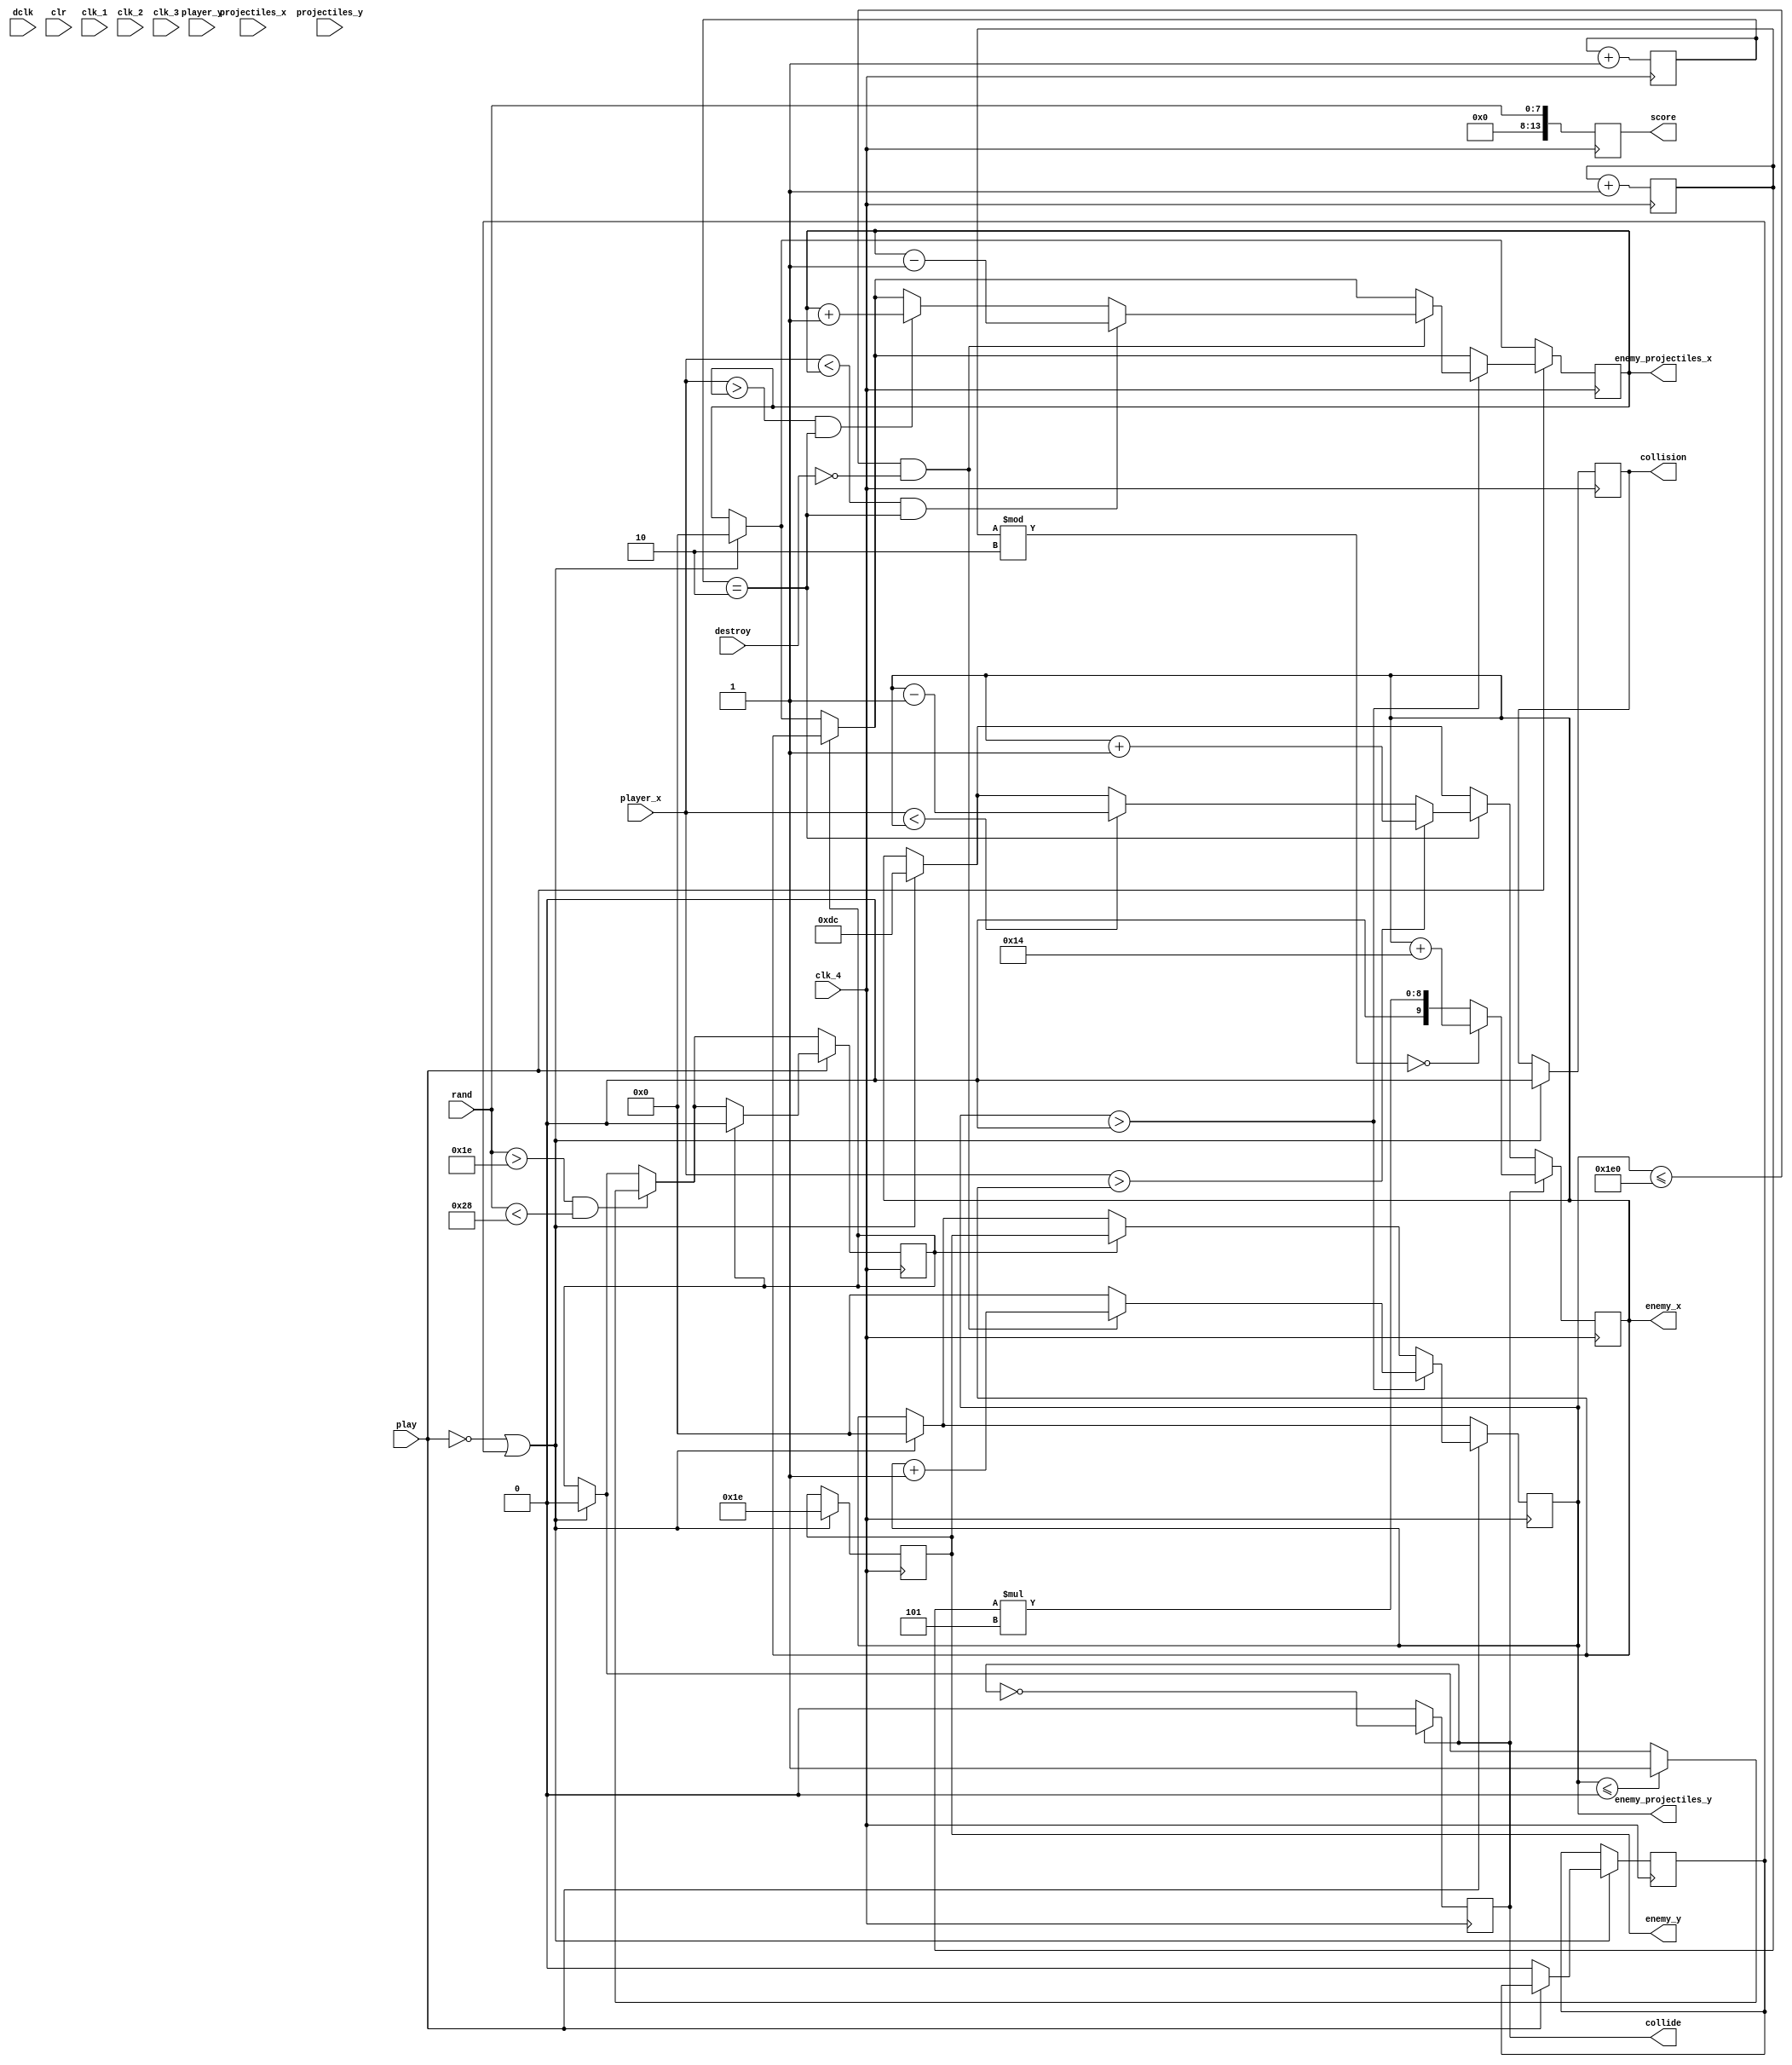
`timescale 1ns / 1ps
//////////////////////////////////////////////////////////////////////////////////
// Company: 
// Engineer: 
// 
// Design Name: 
// Module Name:    invader3 
// Project Name: 
// Target Devices: 
// Tool versions: 
// Description: 
//
// Dependencies: 
//
// Revision: 
// Revision 0.01 - File Created
// Additional Comments: 
//
//////////////////////////////////////////////////////////////////////////////////
`timescale 1ns / 1ps
//////////////////////////////////////////////////////////////////////////////////
// Company: 
// Engineer: 
// 
// Design Name: 
// Module Name:    invader2 
// Project Name: 
// Target Devices: 
// Tool versions: 
// Description: 
//
// Dependencies: 
//
// Revision: 
// Revision 0.01 - File Created
// Additional Comments: 
//
//////////////////////////////////////////////////////////////////////////////////
module invader3(
 input wire dclk,
	input wire clr,
	input wire clk_1,
	input wire clk_2,
	input wire clk_3,
	input wire clk_4,
	input wire play,
	input wire [7:0]rand,
	input wire destroy,
	input wire [9:0] projectiles_x,
	input wire [9:0] projectiles_y,
	input wire [9:0] player_x,
	input wire [9:0] player_y,
	output reg [9:0]enemy_projectiles_x,
	output reg [9:0]enemy_projectiles_y,
	
	output reg [9:0] enemy_x,
	output reg [9:0] enemy_y,
	output reg collide,
	output reg collision,
	output reg [13:0] score
    );
integer i;
reg shoot;
reg [1:0]clock = 0;
reg [8:0] clock2 = 0;
reg [24:0] clock3 = 0;
reg buffer = 0;
reg [4:0] offset;
reg [5:0]count = 10;
reg direction = 0;
reg odd;
reg np = 1;
always @(posedge clk_4) 
begin
	if(play==0 || np) begin
		if(play==0)
			np <= 0;
		score <= 0;
		shoot<=0;
		odd <=0;
		clock <= 0;
		clock3 <= 0;
		direction <= 0;
		enemy_projectiles_x<=0;
		enemy_projectiles_y<=0;
		collide <= 0;
		collision <= 0;
		enemy_x <= 220;
		enemy_y <= 30;
		
	end
	
	/*
		if (clr) 
		begin	
			collide <= 0;
			enemy_x <= 320;
			enemy_y <= 0;
			
		end
		*/
	if(clock==2'b10) begin
		/*
		if(enemy_y < 480) 
			enemy_y <= enemy_y + 1;
		else begin
			enemy_x <= count * 10;
			enemy_y <= 0;
		end
		*/
		clock <= 0;
		if(player_x > enemy_x) begin
				enemy_x<= enemy_x + 1;
		end else if(player_x < enemy_x) begin
				enemy_x <= enemy_x - 1;
		end
				
		
		
	end
	
	
	if(collide==1)begin
		enemy_x <= 100;
	
		if(count%2==0) begin
			enemy_x <= enemy_x+ 20;
		end
		else
			enemy_x <= count * 5;
		
		
		collide <= ~collide;
	end
	
	/*
	for(i = 0; i< 4 ; i = i+ 1) begin
		offset = i * 'd40;
		if(((projectiles_y - enemy_y < 20) && (projectiles_y > enemy_y)) && ((projectiles_x-5 < (enemy_x+10+offset))
		&&(projectiles_x+5 > enemy_x-10 + offset)) && ((projectiles_x+5 > enemy_x-10 + offset)&&(projectiles_x-5 < enemy_x+10 + offset)) 
		)begin
			//enemy_y <= 10;
			collide[i] <= 1;
			collision <= 1;
		end
	
	end
	*/
		
	
	score <= rand;
	if(rand > 30 && rand < 40) begin
		
		if(enemy_projectiles_y<=0) begin
					shoot<=1;
		end
		
		
	end
	
	if(play) begin
	
		if(shoot==1) begin
		shoot<=0;
		enemy_projectiles_y <= enemy_y;
		enemy_projectiles_x <= enemy_x;
	end
	
	
	if(enemy_projectiles_y > 0) begin
		if(enemy_projectiles_y <= 480 && destroy == 0) begin
			enemy_projectiles_y<= enemy_projectiles_y +1;
			if(player_x > enemy_projectiles_x && clock==2'b10)
				enemy_projectiles_x <= enemy_projectiles_x + 1;
			if(player_x < enemy_projectiles_x && clock==2'b10)
				enemy_projectiles_x <= enemy_projectiles_x - 1;
				
			end
				
		else 
			enemy_projectiles_y <= 0;
	end
	
	end
	
	
	
	count <= count + 1;
	clock <= clock + 1;
	clock2 <= clock2 + 1;
	
	
end

endmodule